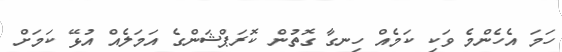
ހަމަ އެހެންމެ ވަކި ކަމެއް ހިނގާ ގޮތުން ކޮރަޕްޝަންގެ އަމަލެއް އުޅޭ ކަމަށް